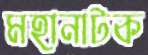
মহানাটক